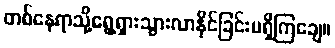
တစ်နေရာသို့ရွေ့ရှားသွားလာနိုင်ခြင်းမရှိကြချေ။